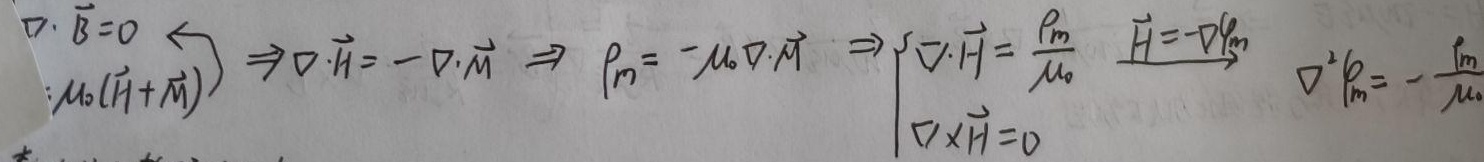
\[
\begin{align*}
&\nabla\cdot\vec{B} = 0\\
&\vec{B}=\mu_{0}(\vec{H}+\vec{M})\Rightarrow\nabla\cdot\vec{H}=-\nabla\cdot\vec{M}\Rightarrow\rho_{m}=-\mu_{0}\nabla\cdot\vec{M}\Rightarrow
\begin{cases}
\nabla\cdot\vec{H}=\frac{\rho_{m}}{\mu_{0}}&\text{其中 }\vec{H}=-\nabla\varphi_{m}\\
\nabla\times\vec{H}=0
\end{cases}
\Rightarrow\nabla^{2}\varphi_{m}=-\frac{\rho_{m}}{\mu_{0}}
\end{align*}
\]